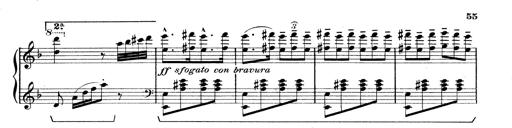
Title: Rapsodie: 19 ungheresi, 1 spagnuola
Composer: Franz Liszt